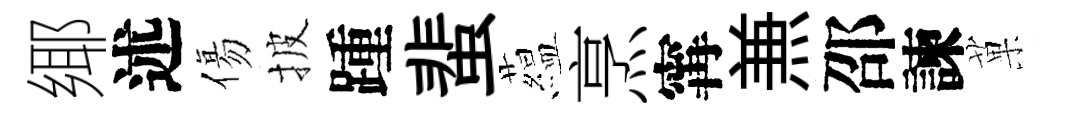
鄊述傷披踵蜚藴烹𡩋𠔥邵諫菓